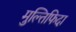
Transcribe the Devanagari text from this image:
मुल्तिफिदा